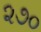
૨૭૦